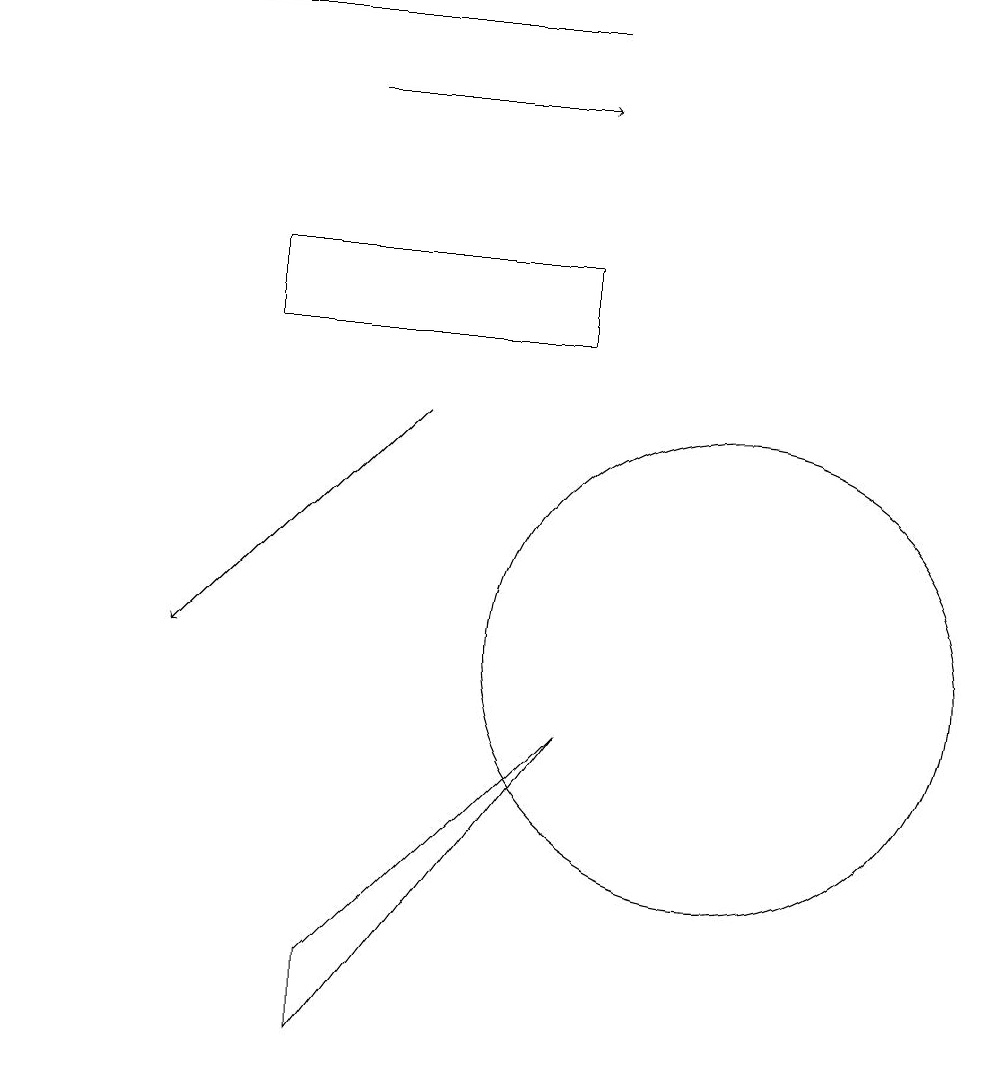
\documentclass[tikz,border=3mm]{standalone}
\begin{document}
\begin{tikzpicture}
\draw[->] (8,18) -- (1,18);
\draw (7,14) rectangle (5,14);
\draw (10,10) circle (3);
\draw (8,9) -- (5,6) -- (5,5) -- cycle;
\draw (8,14) rectangle (4,15);
\draw[->] (6,13) -- (3,10);
\draw[->] (5,17) -- (8,17);
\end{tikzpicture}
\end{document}